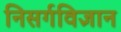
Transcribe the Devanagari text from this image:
निसर्गविज्ञान